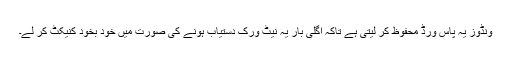
ونڈوز یہ پاس ورڈ محفوظ کر لیتی ہے تاکہ اگلی بار یہ نیٹ ورک دستیاب ہونے کی صورت میں خود بخود کنیکٹ کر لے۔